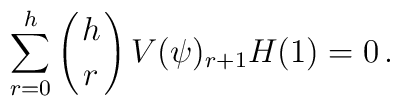
\sum_{r=0}^h\left({h\atop r}\right)V(\psi)_{r+1}H(1)=0\,.